Leaving Certificate Examination, 1914
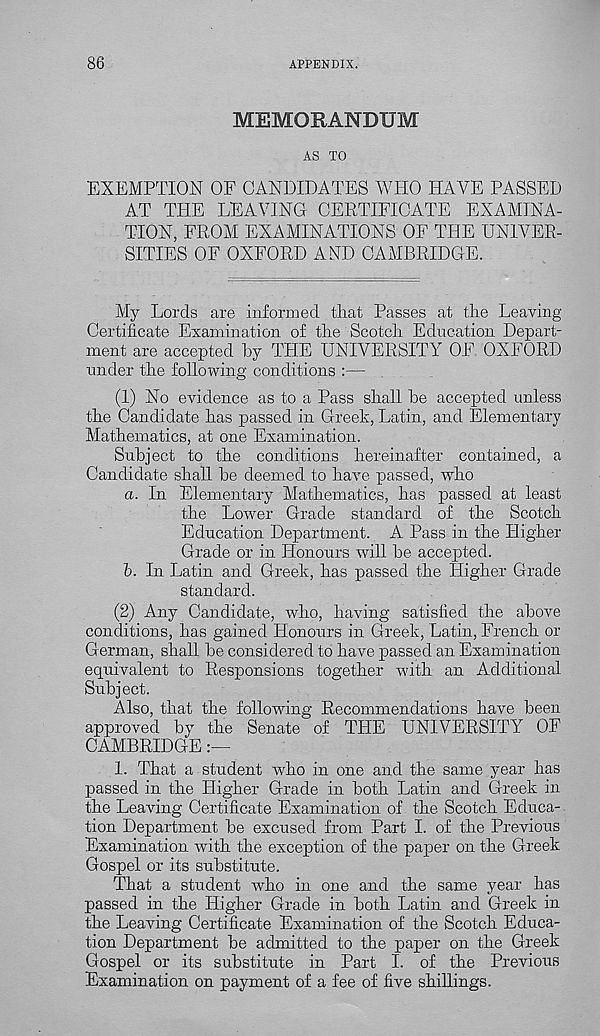
86
APPENDIX.
MEMORANDUM
AS TO
EXEMPTION OF CANDIDATES WHO HAVE PASSED
AT THE LEAVING CERTIFICATE EXAMINA-
TION, FROM EXAMINATIONS OF THE UNIVER-
SITIES OF OXFORD AND CAMBRIDGE.
My Lords are informed that Passes at the Leaving-
Certificate Examination of the Scotch Education Depart-
ment are accepted hy THE UNIVERSITY OF OXFORD
under the following conditions :—
(1) No evidence as to a Pass shall he accepted unless
the Candidate has passed in Greek, Latin, and Elementary
Mathematics, at one Examination.
Subject to the conditions hereinafter contained, a
Candidate shall be deemed to have passed, who
a. In Elementary Mathematics, has passed at least
the Lower Grade standard of the Scotch
Education Department. A Pass in the Higher
Grade or in Honours will be accepted.
b. In Latin and Greek, has passed the Higher Grade
standard.
(2) Any Candidate, who, having satisfied the above
conditions, has gained Honours in Greek, Latin, French or
German, shall be considered to have passed an Examination
equivalent to Responsions together with an Additional
Subject.
Also, that the following Recommendations have been
approved by the Senate of THE UNIVERSITY OF
CAMBRIDGE
1. That a student who in one and the same year has
passed in the Higher Grade in both Latin and Greek in
the Leaving Certificate Examination of the Scotch Educa-
tion Department be excused from Part I. of the Previous
Examination with the exception of the paper on the Greek
Gospel or its substitute.
That a student who in one and the same year has
passed in the Higher Grade in both Latin and Greek in
the Leaving Certificate Examination of the Scotch Educa-
tion Department be admitted to the paper on the Greek
Gospel or its substitute in Part I. of the Previous
Examination on payment of a fee of five shillings.